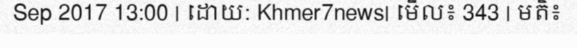
Sep 2017 13:00 | ដោយ: Khmer7news| មើល៖ 343 | មតិ៖